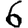
Digit: 6